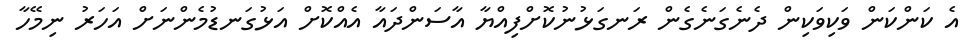
އެ ކަންކަން ވަކިވަކިން ދެނެގަނެގެން ރަނގަޅުނުކޮށްފިއްޔާ އާސަންދައާ އެއްކޮށް އަޅުގަނޑުމެންނަށް އަހަރު ނިމޭހާ